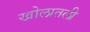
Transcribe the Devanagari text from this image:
खोलातली